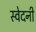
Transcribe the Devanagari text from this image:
स्वेदनी